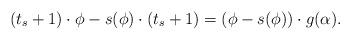
LaTeX: \begin{align*}(t_s+1) \cdot \phi - s(\phi) \cdot (t_s+1) = (\phi - s(\phi)) \cdot g(\alpha).\end{align*}